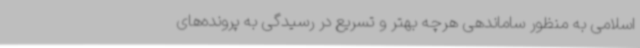
اسلامی به منظور ساماندهی هرچه بهتر و تسریع در رسیدگی به پرونده‌های